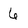
Character: 6